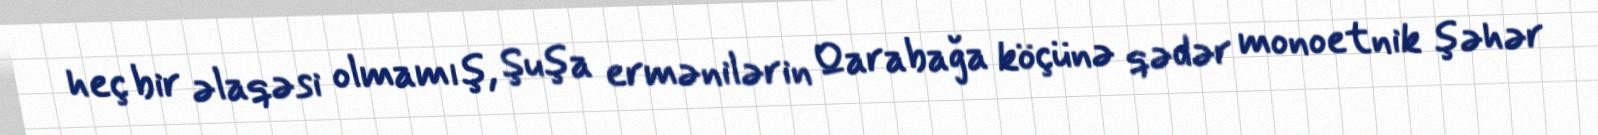
heç bir əlaqəsi olmamış, Şuşa ermənilərin Qarabağa köçünə qədər monoetnik şəhər